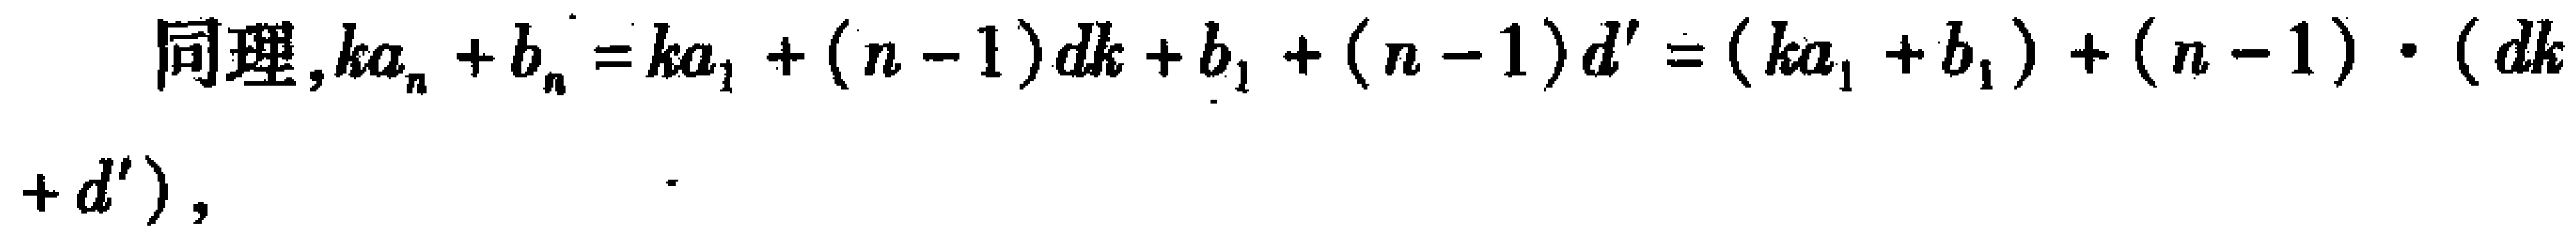
同理, \(ka_{n}+b_{n}=ka_{1}+(n - 1)dk + b_{1}+(n - 1)d'=(ka_{1}+b_{1})+(n - 1)\cdot(dk + d')\)，